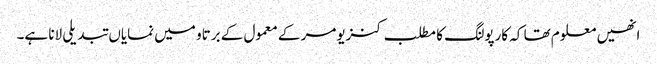
انھیں معلوم تھا کہ کارپولنگ کا مطلب کنزیومر کے معمول کے برتاو میں نمایاں تبدیلی لانا ہے۔